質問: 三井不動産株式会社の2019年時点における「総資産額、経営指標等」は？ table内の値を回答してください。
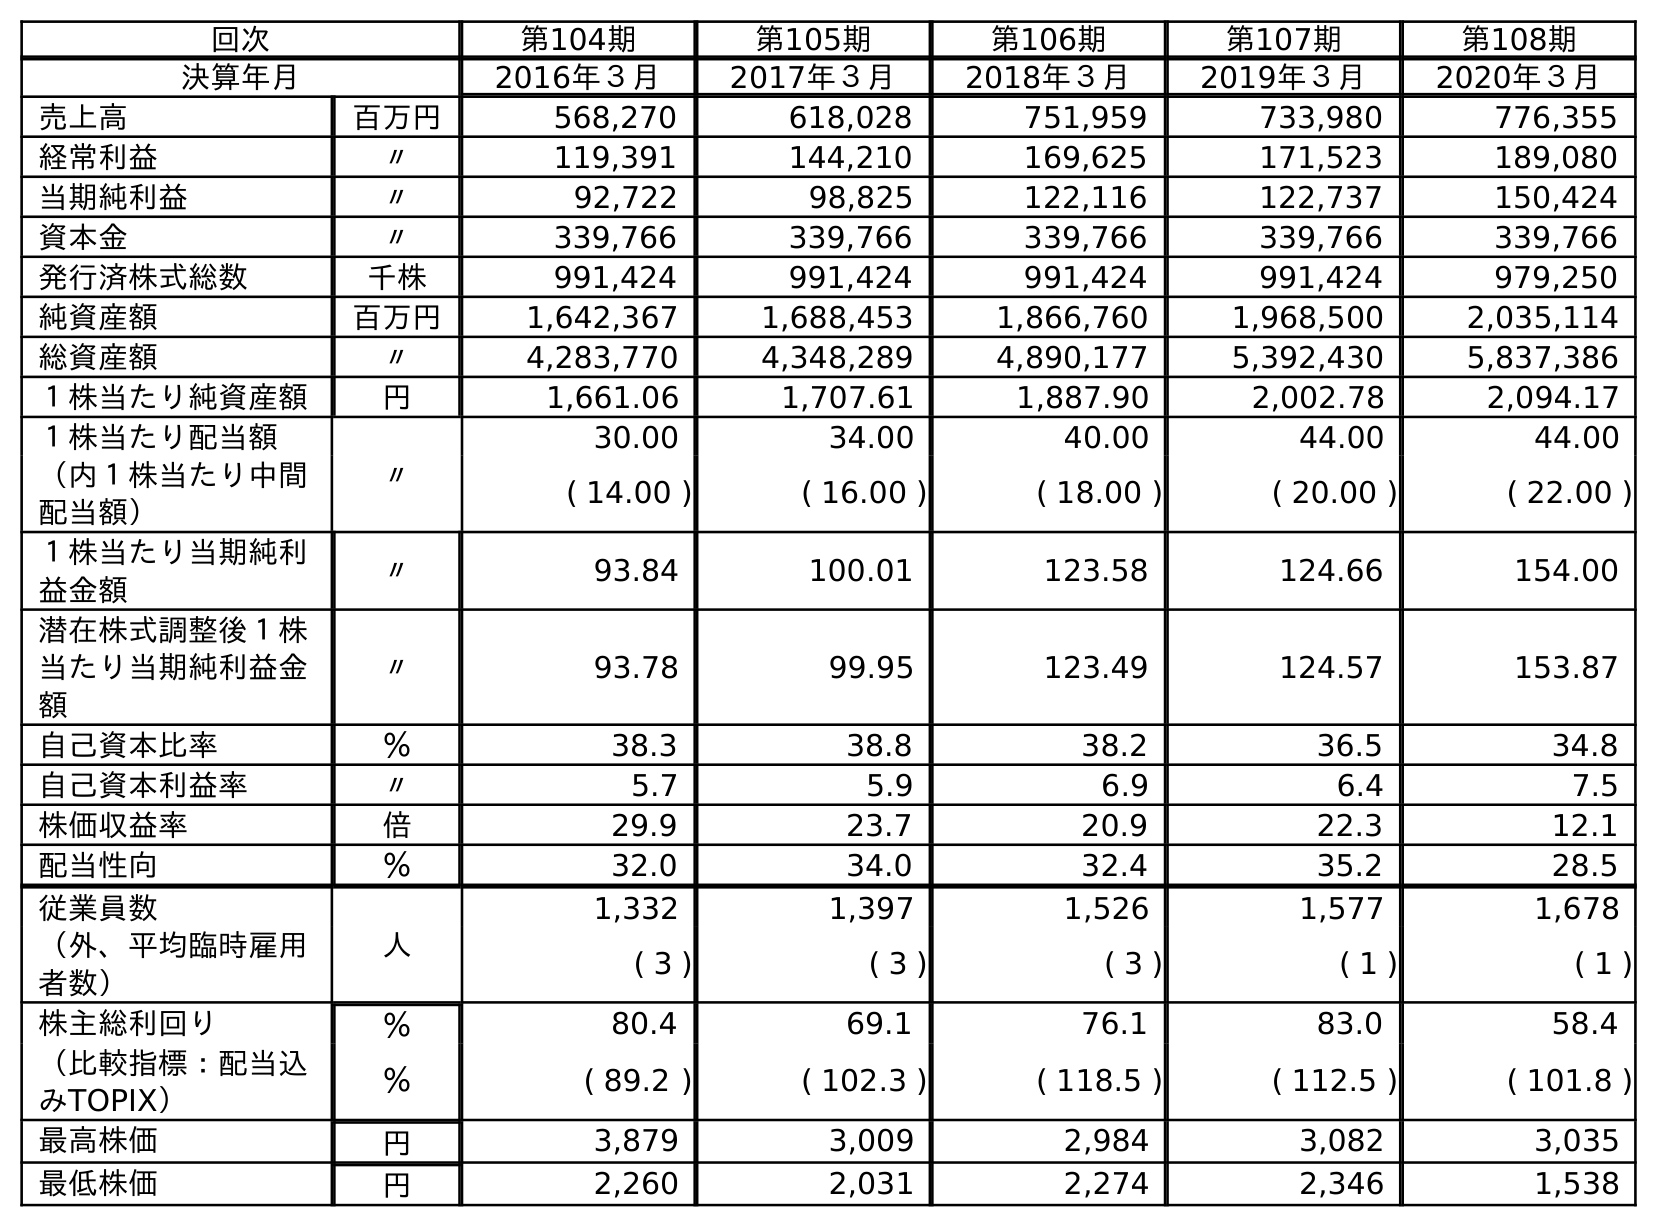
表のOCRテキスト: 回次 第104期 第105期 第106期 第107期 第108期 決算年月 2016年３月 2017年３月 2018年３月 2019年３月 2020年３月 売上高 百万円 568,270 618,028 751,959 733,980 776,355 経常利益 〃 119,391 144,210 169,625 171,523 189,080 当期純利益 〃 92,722 98,825 122,116 122,737 150,424 資本金 〃 339,766 339,766 339,766 339,766 339,766 発行済株式総数 千株 991,424 991,424 991,424 991,424 979,250 純資産額 百万円 1,642,367 1,688,453 1,866,760 1,968,500 2,035,114 総資産額 〃 4,283,770 4,348,289 4,890,177 5,392,430 5,837,386 １株当たり純資産額 円 1,661.06 1,707.61 1,887.90 2,002.78 2,094.17 １株当たり配当額 〃 30.00 34.00 40.00 44.00 44.00 （内１株当たり中間 配当額） ( 14.00 ) ( 16.00 ) ( 18.00 ) ( 20.00 ) ( 22.00 ) １株当たり当期純利 益金額 〃 93.84 100.01 123.58 124.66 154.00 潜在株式調整後１株 当たり当期純利益金 額 〃 93.78 99.95 123.49 124.57 153.87 自己資本比率 ％ 38.3 38.8 38.2 36.5 34.8 自己資本利益率 〃 5.7 5.9 6.9 6.4 7.5 株価収益率 倍 29.9 23.7 20.9 22.3 12.1 配当性向 ％ 32.0 34.0 32.4 35.2 28.5 従業員数 人 1,332 1,397 1,526 1,577 1,678 （外、平均臨時雇用 者数） ( 3 ) ( 3 ) ( 3 ) ( 1 ) ( 1 ) 株主総利回り ％ 80.4 69.1 76.1 83.0 58.4 （比較指標：配当込 みTOPIX） ％ ( 89.2 ) ( 102.3 ) ( 118.5 ) ( 112.5 ) ( 101.8 ) 最高株価 円 3,879 3,009 2,984 3,082 3,035 最低株価 円 2,260 2,031 2,274 2,346 1,538
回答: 5,392,430